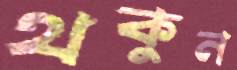
থকুন